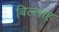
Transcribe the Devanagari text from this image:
बिल्लाह